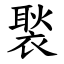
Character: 褧